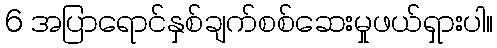
6 အပြာရောင်နှစ်ချက်စစ်ဆေးမှုဖယ်ရှားပါ။